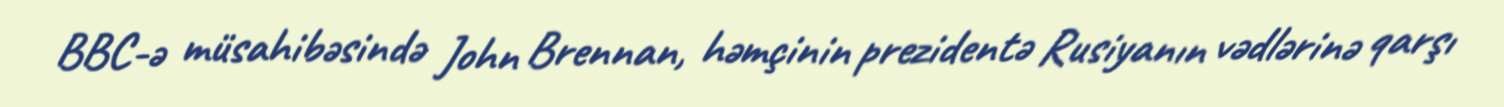
BBC-ə müsahibəsində John Brennan, həmçinin prezidentə Rusiyanın vədlərinə qarşı